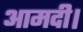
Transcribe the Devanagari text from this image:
आमदी।